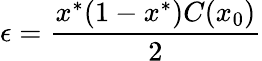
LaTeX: \epsilon=\frac{x^{*}(1-x^{*})C(x_{0})}{2}